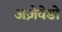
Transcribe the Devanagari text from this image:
अज़ेवेडो